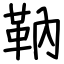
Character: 靹